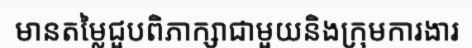
មានតម្លៃជួបពិភាក្សាជាមួយនិងក្រុមការងារ